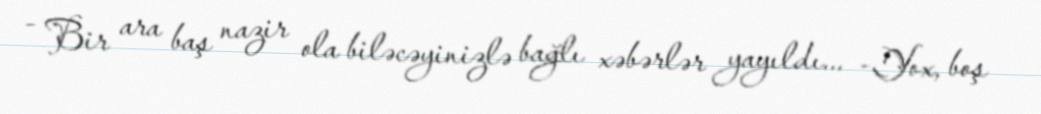
- Bir ara baş nazir ola biləcəyinizlə bağlı xəbərlər yayıldı... -Yox, boş